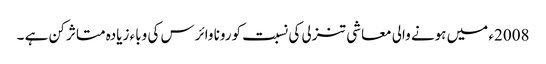
2008ء میں ہونے والی معاشی تنزلی کی نسبت کورونا وائرس کی وباء زیادہ متاثر کن ہے ۔